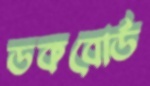
ডকবোর্ড